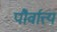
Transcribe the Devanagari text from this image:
पौर्वात्त्य